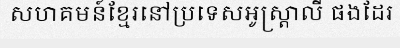
សហគមន៍ខ្មែរនៅប្រទេសអូស្ត្រាលី ផងដែរ